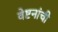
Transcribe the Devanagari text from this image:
वेष्टनांची